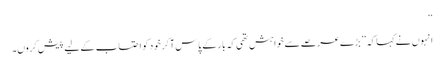
‘‘
انہوں نے کہا کہ ’’بڑے عرصے سے خواہش تھی کہ بار کے پاس آکر خود کو احتساب کے لیے پیش کروں۔